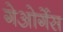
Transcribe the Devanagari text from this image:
गेओर्गेस